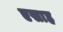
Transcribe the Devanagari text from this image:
एसाह